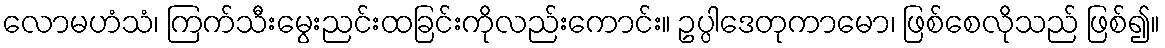
လောမဟံသံ၊ ကြက်သီးမွေးညင်းထခြင်းကိုလည်းကောင်း။ ဥပ္ပါဒေတုကာမော၊ ဖြစ်စေလိုသည် ဖြစ်၍။